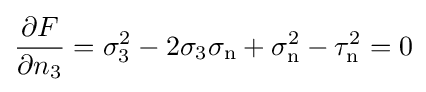
{\frac {\partial F}{\partial n_{3}}}=\sigma _{3}^{2}-2\sigma _{3}\sigma _{\text{n}}+\sigma _{\text{n}}^{2}-\tau _{\text{n}}^{2}=0